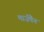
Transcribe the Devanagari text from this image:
मार्ज़पैन